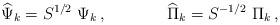
\begin{align*}\widehat\Psi_k = {S}^{1/2}\ \Psi_k \, , ~~~~~~~~~~~\widehat\Pi_k = {S}^{-1/2}\ \Pi_k \, ,\end{align*}